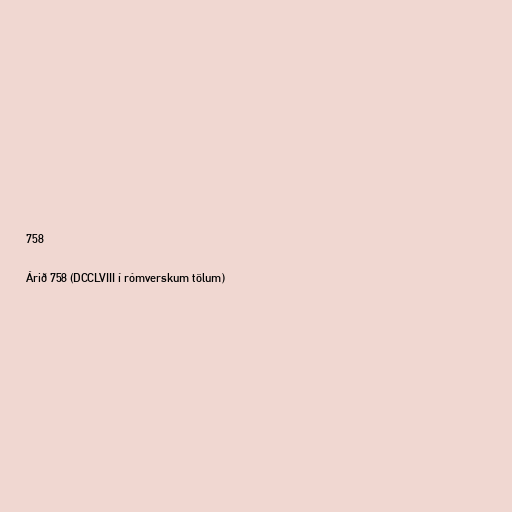
758

Árið 758 (DCCLVIII í rómverskum tölum)